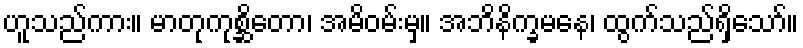
ဟူသည်ကား။ မာတုကုစ္ဆိတော၊ အမိဝမ်းမှ။ အဘိနိက္ခမနေ၊ ထွက်သည်ရှိသော်။